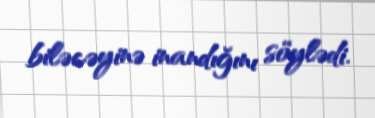
biləcəyinə inandığını söylədi.